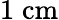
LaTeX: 1\; \mathrm{cm}